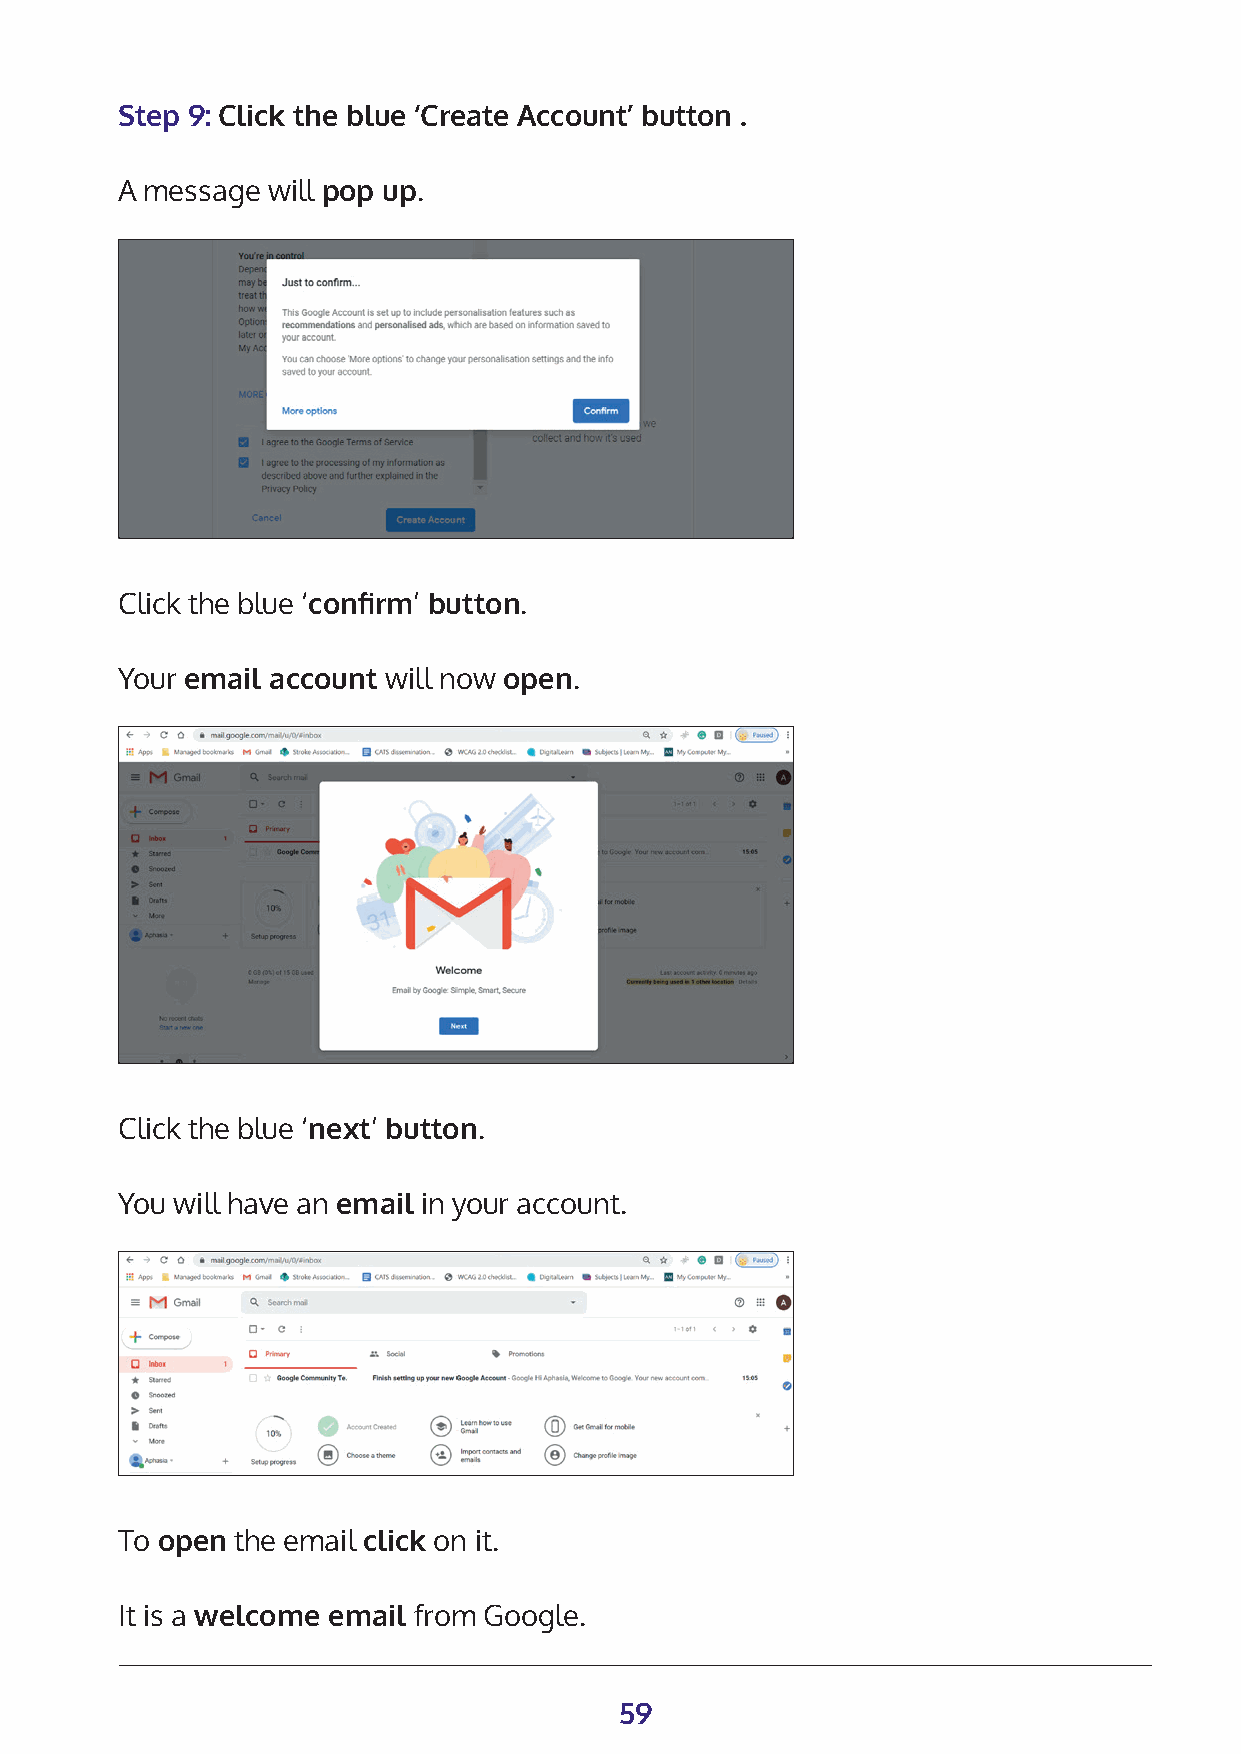
Step 9: Click the blue ‘Create Account’ button .
 A message will pop up.
 Click the blue ‘confirm’ button.
 Your email account will now open.
 Click the blue ‘next’ button.
 You will have an email in your account.
 To open the email click on it.
 It is a welcome email from Google.
 59